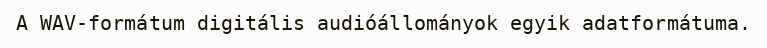
A WAV-formátum digitális audióállományok egyik adatformátuma.